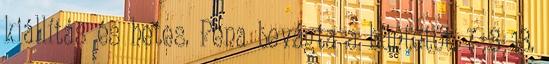
kiállítás és hetes. Pena bevágta a büntetőt. 7–3 13.